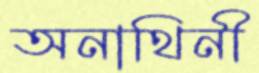
অনাথিনী